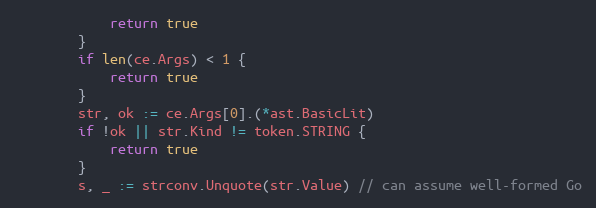
Language: Go
			return true
		}
		if len(ce.Args) < 1 {
			return true
		}
		str, ok := ce.Args[0].(*ast.BasicLit)
		if !ok || str.Kind != token.STRING {
			return true
		}
		s, _ := strconv.Unquote(str.Value) // can assume well-formed Go